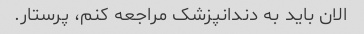
الان باید به دندانپزشک مراجعه کنم، پرستار.